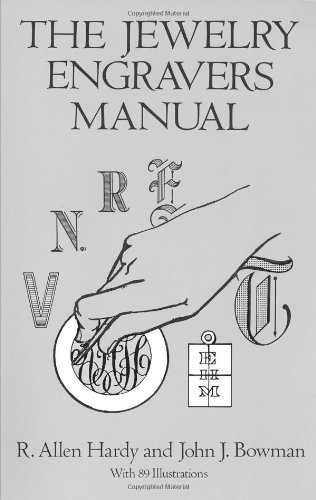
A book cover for The Jewelry Engravers Manual (Dover Craft Books); R. Allen Hardy; Arts & Photography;